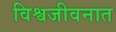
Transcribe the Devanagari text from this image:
विश्वजीवनात